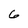
Character: 6